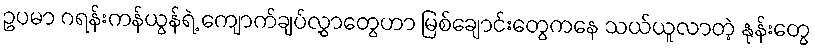
ဥပမာ ဂရန်းကန်ယွန်ရဲ့ ကျောက်ချပ်လွှာတွေဟာ မြစ်ချောင်းတွေကနေ သယ်ယူလာတဲ့ နုန်းတွေ